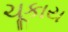
ચૂકાય